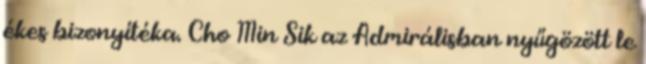
ékes bizonyítéka. Cho Min Sik az Admirálisban nyűgözött le